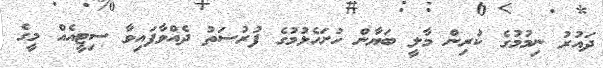
ދައުރު ނިމުމުގެ ކުރިން މާލީ ބަޔާން ހުށަހެޅުމުުގެ ފުރުސަތު ދެއްވާފައިވާ ސިޓީއެއް މީގެ